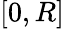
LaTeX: [0,R]